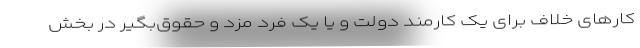
کارهای خلاف برای یک کارمند دولت و یا یک فرد مزد و حقوق‌بگیر در بخش